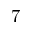
7